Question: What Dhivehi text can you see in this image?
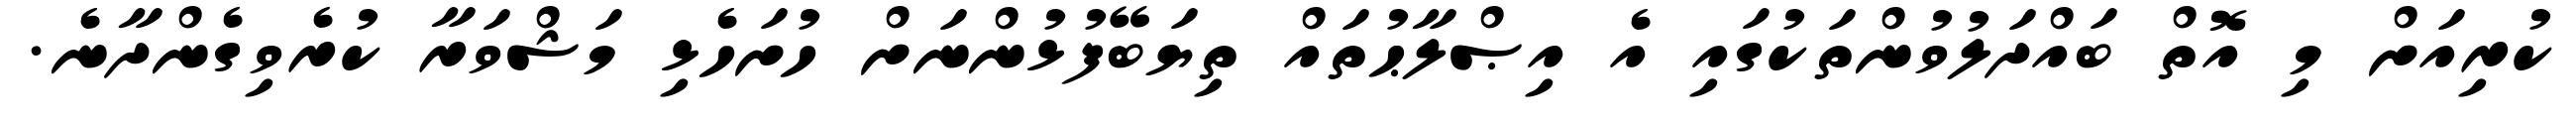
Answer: ކުރިއަށް މި އޮތް ބައްދަލުވުންތަކުގައި އެ އިޞްލާޙުތައް ތިޔަބޭފުޅުންނަށް ހުށަހެޅި މަޝްވަރާ ކުރެވިގެންދާނެ.